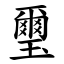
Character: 璽